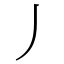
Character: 丿